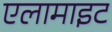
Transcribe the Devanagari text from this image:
एलामाइट